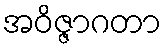
အဝိဇ္ဇာဂတာ